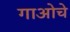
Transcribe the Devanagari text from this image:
गाओचे